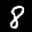
Label: 8